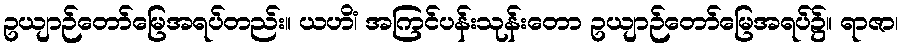
ဥယျာဉ်တော်မြေအရပ်တည်း။ ယဟိံ၊ အကြင်ပန်းသုန်းတော ဥယျာဉ်တော်မြေအရပ်၌။ ရာဇာ၊